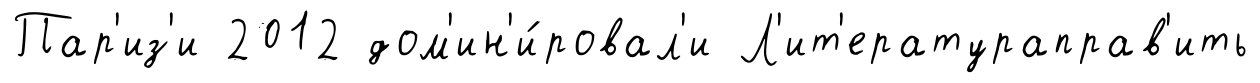
Пар'из'и 2012 дом'ин'и́ровал'и Л'ит'ератураправ'ить